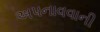
અપનાવવાની